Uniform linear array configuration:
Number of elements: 48
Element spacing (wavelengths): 1
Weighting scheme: hann
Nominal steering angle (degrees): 45
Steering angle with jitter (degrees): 46.544
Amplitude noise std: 0.05
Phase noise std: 0.05

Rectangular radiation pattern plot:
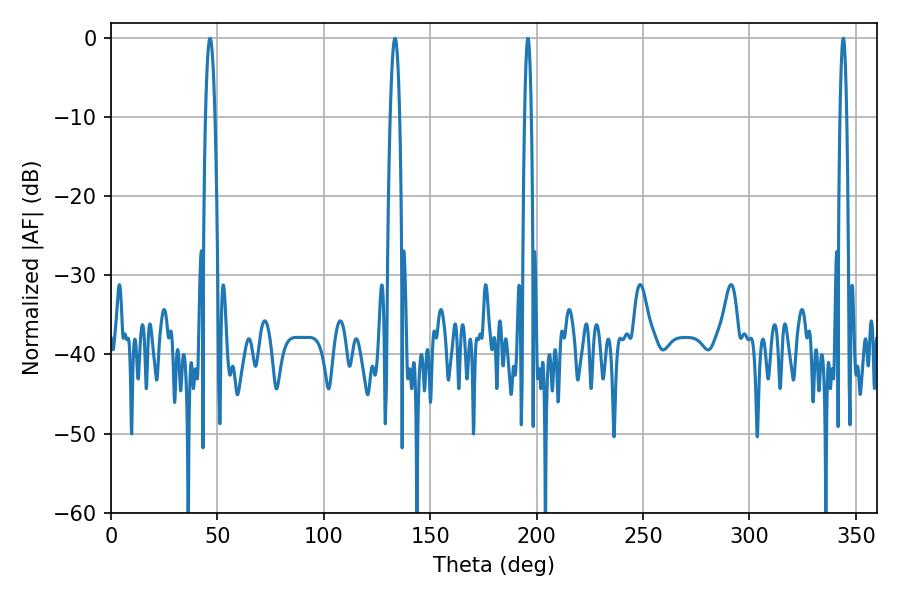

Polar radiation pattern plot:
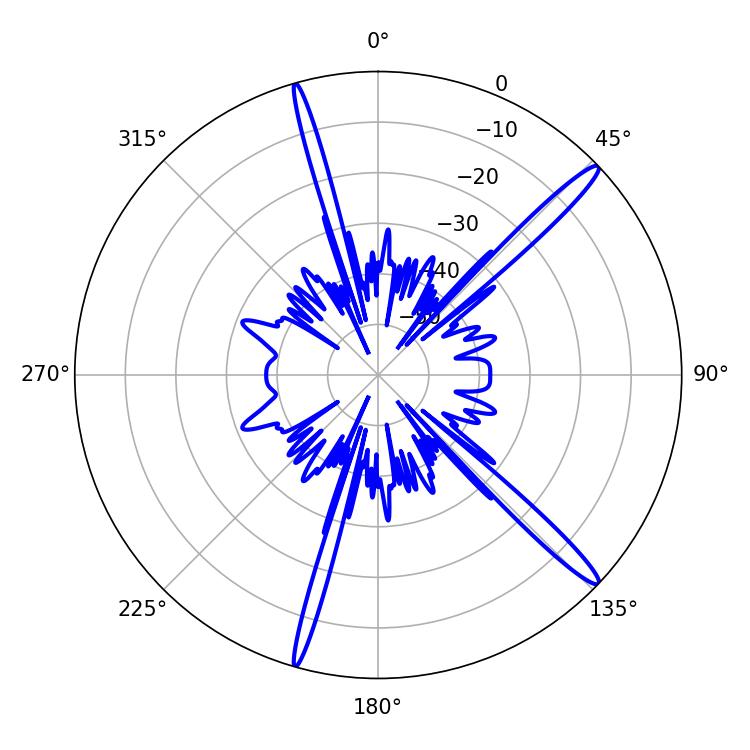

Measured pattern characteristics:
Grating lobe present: TRUE
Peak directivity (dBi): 16.062
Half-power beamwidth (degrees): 2.34
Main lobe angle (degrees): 46.62